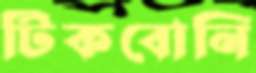
টিকবোনি